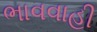
ભાવવાહી